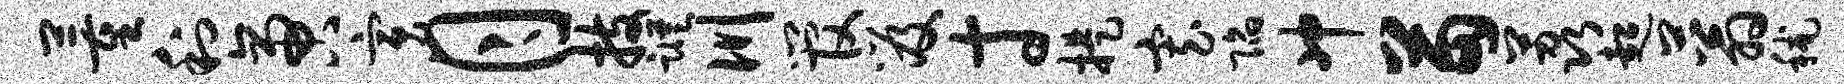
董利啻寅月技踪川管笈寸提寡陷冲苗荔超蓊秫